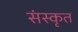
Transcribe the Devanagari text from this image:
संंस्कृृत